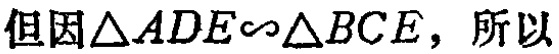
但因\(\triangle ADE\sim\triangle BCE\)，所以